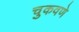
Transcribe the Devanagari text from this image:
चुकवणे